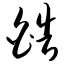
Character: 皓